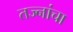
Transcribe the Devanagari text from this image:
तज्नांचा